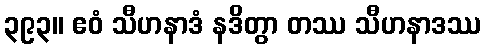
၃၉၃။ ဧဝံ သီဟနာဒံ နဒိတွာ တဿ သီဟနာဒဿ